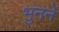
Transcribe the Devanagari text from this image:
भुननें